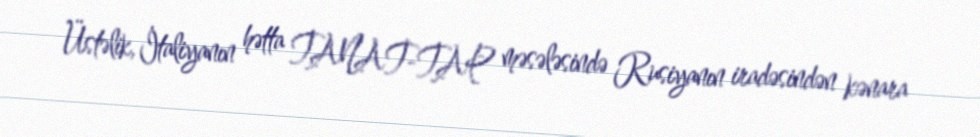
Üstəlik, İtaliyanın hətta TANAT-TAP məsələsində Rusiyanın iradəsindən kənara